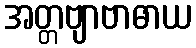
အတ္တဗျာဗာဓာယ